Report of the Municipal Commissioner on the plague in Bombay for the year ending 31st May... - Volume 1
Disease focus: Plague
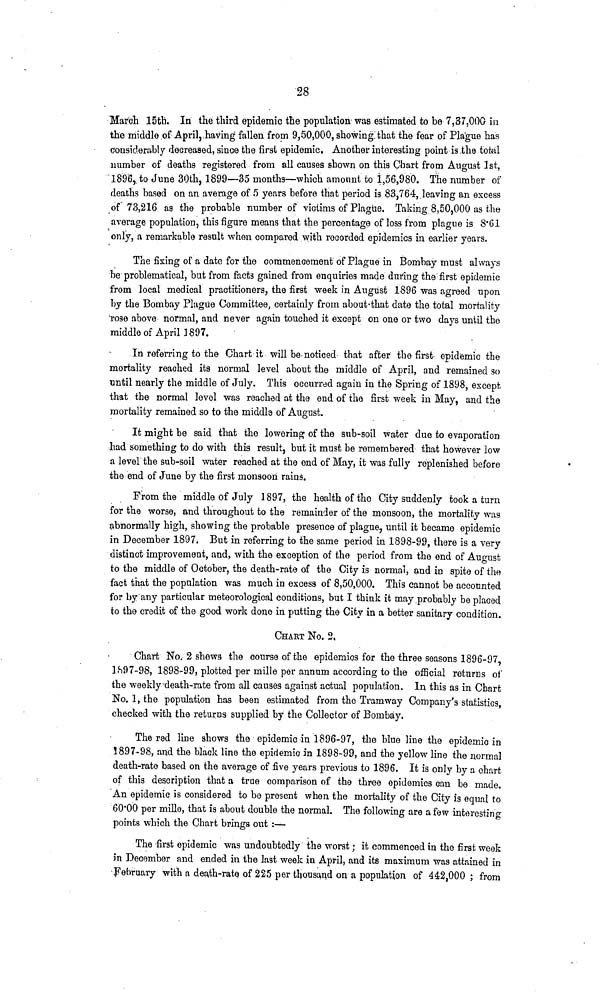
28
March 15th. In the third epidemic the population was estimated to be 7,37,000 in
the middle of April, having fallen from 9,50,000, showing that the fear of Plague has
considerably decreased, since the first epidemic. Another interesting point is the total
number of deaths registered from all causes shown on this Chart from August 1st,
1896, to June 30th, 1899—35 months—which amount to 1,56,980. The number of
deaths based on an average of 5 years before that period is 83,764, leaving an excess
of 73,216 as the probable number of victims of Plague. Taking 8,50,000 as the
average population, this figure means that the percentage of loss from plague is 8·61
only, a remarkable result when compared with recorded epidemics in earlier years.
The fixing of a date for the commencement of Plague in Bombay must always
be problematical, but from facts gained from enquiries made during the first epidemic
from local medical practitioners, the first week in August 1896 was agreed upon
by the Bombay Plague Committee, certainly from about that date the total mortality
rose above normal, and never again touched it except on one or two days until the
middle of April1897.
In referring to the Chart it will be noticed that after the first epidemic the
mortality reached its normal level about the middle of April, and remained so
until nearly the middle of July. This occurred again in the Spring of 1898, except
that the normal level was reached at the end of the first week in May, and the
mortality remained so to the middle of August.
It might be said that the lowering of the sub-soil water due to evaporation
had something to do with this result, but it must be remembered that however low
a level the sub-soil water reached at the end of May, it was fully replenished before
the end of June by the first monsoon rains.
From the middle of July 1897, the health of the City suddenly took a turn
for the worse, and throughout to the remainder of the monsoon, the mortality was
abnormally high, showing the probable presence of plague, until it became epidemic
in December 1897. But in referring to the same period in 1898-99, there is a very
distinct improvement, and, with the exception of the period from the end of August
to the middle of October, the death-rate of the City is normal, and in spite of the
fact that the population was much in excess of 8,50,000. This cannot be accounted
for by any particular meteorological conditions, but I think it may probably be placed
to the credit of the good work done in putting the City in a better sanitary condition.
CHArT No. 2,
Chart No. 2 shews the course of the epidemics for the three seasons 1896-97,
1897-98, 1898-99, plotted per mille per annum according to the official returns of
the weekly death-rate from all causes against actual population. In this as in Chart
No. 1, the population has been estimated from the Tramway Company's statistics,
checked with the returns supplied by the Collector of Bombay.
The red line shows the epidemic in 1896-97, the blue line the epidemic in
1897-98, and the black line the epidemic in 1898-99, and the yellow line the normal
death-rate based on the average of five years previous to 1896. It is only by a chart
of this description that a true comparison of the three epidemics can be made.
An epidemic is considered to be present when the mortality of the City is equal to
60·00 per mille, that is about double the normal. The following are a few interesting
points which the Chart brings out :—
The first epidemic was undoubtedly the worst ; it commenced in the first week
in December and ended in the last week in April, and its maximum was attained in
February with a death-rate of 225 per thousand on a population of 442,000 ; from